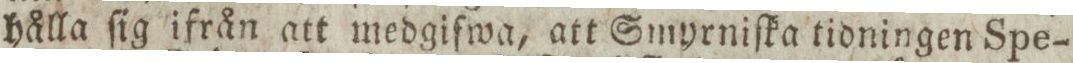
hålla ſig ifrån att medgifwa, att Smyrniſka tioningen Spe-